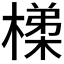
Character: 𭫴